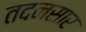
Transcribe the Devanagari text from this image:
तदनसार